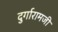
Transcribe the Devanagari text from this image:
दुर्गारामजी